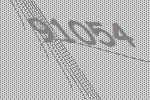
91054